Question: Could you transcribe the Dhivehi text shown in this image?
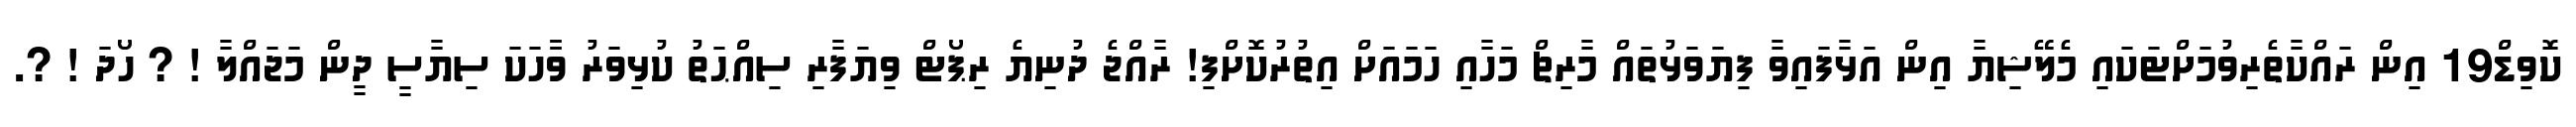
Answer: ކޮވިޑް19 އިން ރައްކާތެރިވުމަށްޓަކައި މެލޭޝިޔާ އިން އަޅާފައިވާ ފިޔަވަޅުތައް މާރިޗް މަހާއި ހަމައަށް އިތުރުކޮށްފި! ރާއްޖެ ދުނިޔެ ރިޕޯޓް ވިޔަފާރި ސިއްޙަތު ކުޅިވަރު ވާާހަކަ ސިޔާސީ ދީން މަޖައްލާ ! ? ހޯދަ ! ?.